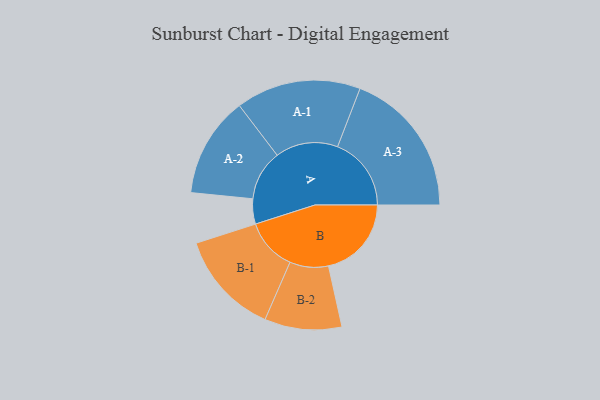
{"axis": {"x": "Segment", "y": "Value"}, "legend": ["", "A", "B"], "data": [{"x": "A", "y": 101, "type": ""}, {"x": "B", "y": 333, "type": ""}, {"x": "A-1", "y": 251, "type": "A"}, {"x": "A-2", "y": 202, "type": "A"}, {"x": "A-3", "y": 296, "type": "A"}, {"x": "B-1", "y": 209, "type": "B"}, {"x": "B-2", "y": 155, "type": "B"}]}